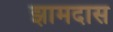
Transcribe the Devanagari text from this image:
झामदास